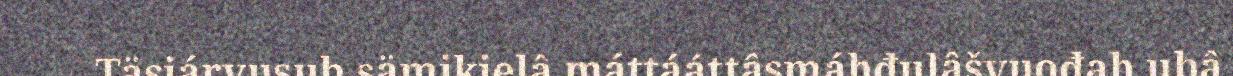
Täsiárvusub sämikielâ máttááttâsmáhđulâšvuođah ubâ